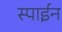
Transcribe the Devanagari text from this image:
स्पाईन